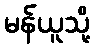
မန်ယူသို့